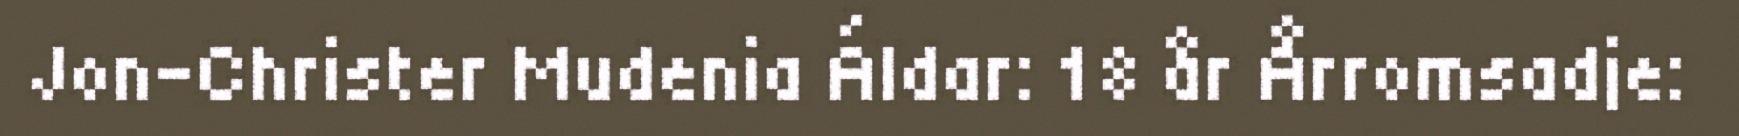
Jon-Christer Mudenia Áldar: 18 år Årromsadje: